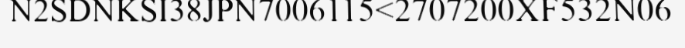
N2SDNKSI38JPN7006115<2707200XF532N06